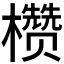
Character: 𪴙